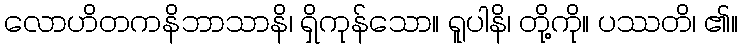
လောဟိတကနိဘာသာနိ၊ ရှိကုန်သော။ ရူပါနိ၊ တို့ကို။ ပဿတိ၊ ၏။